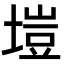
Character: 塏